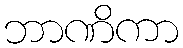
ဘာဏိကာ